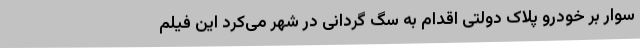
سوار بر خودرو پلاک دولتی اقدام به سگ گردانی در شهر می‌کرد این فیلم